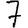
Digit: 7